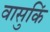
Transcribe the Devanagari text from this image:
वासुकिं